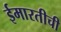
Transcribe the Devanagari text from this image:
ईमारतीची